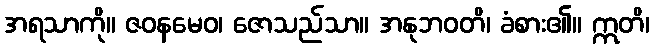
အရသာကို။ ဇဝနမေဝ၊ ဇောသည်သာ။ အနုဘဝတိ၊ ခံစား၏။ ဣတိ၊